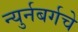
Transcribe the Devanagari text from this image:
न्युर्नबर्गचे